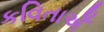
કવિતાએઁ